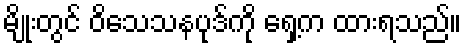
မျိုးတွင် ဝိသေသနပုဒ်ကို ရှေ့က ထားရသည်။